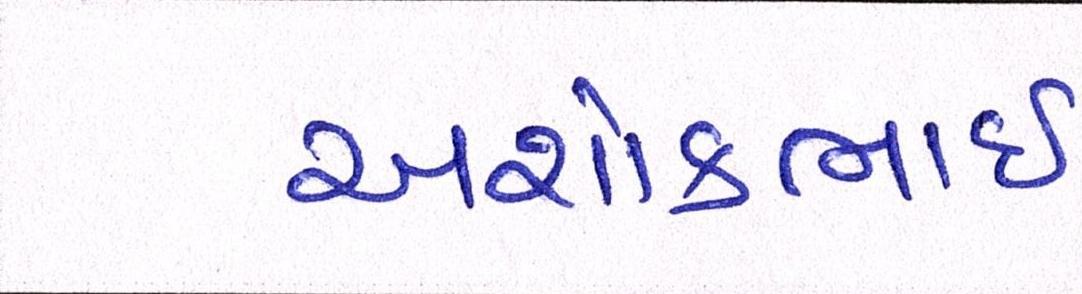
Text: અશોકભાઇ